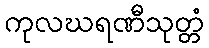
ကုလဃရဏီသုတ္တံ